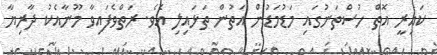
ކައިރީ އޮތް ހުސްތަނުގައި މަޑުމަޑުން އަތުން ތަޅައިލި އެވެ. ރަތްވެފައިވާ މޫނާއެކު ދާރިޔާ